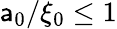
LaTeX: \mathsf{a}_{0}/\xi_{0}\leq1